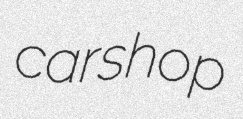
carshop